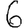
Digit: 6